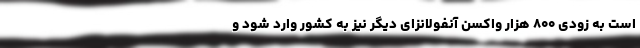
است به زودی ۸۰۰ هزار واکسن آنفولانزای دیگر نیز به کشور وارد شود و